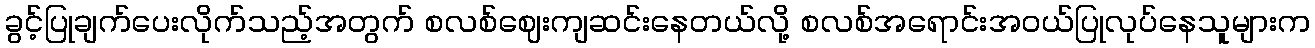
ခွင့်ပြုချက်ပေးလိုက်သည့်အတွက် စလစ်ဈေးကျဆင်းနေတယ်လို့ စလစ်အရောင်းအဝယ်ပြုလုပ်နေသူများက